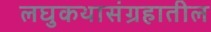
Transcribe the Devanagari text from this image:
लघुकथासंग्रहातील